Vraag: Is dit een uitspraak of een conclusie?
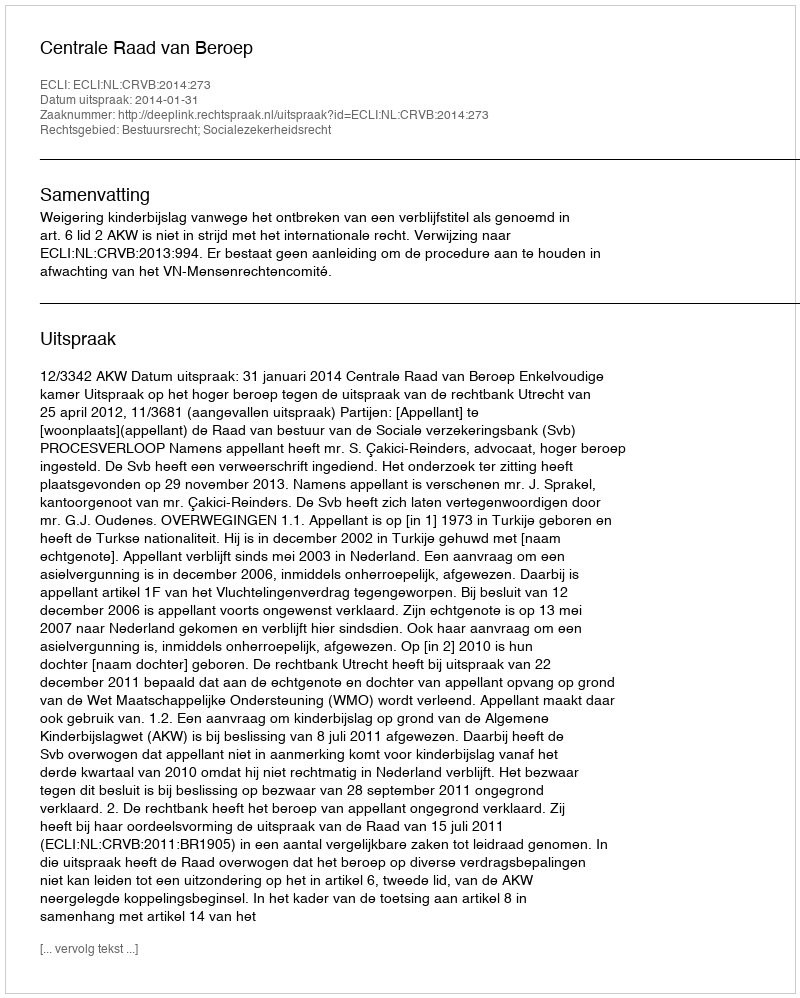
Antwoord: Uitspraak